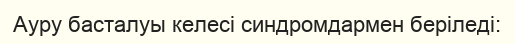
Ауру басталуы келесі синдромдармен беріледі: